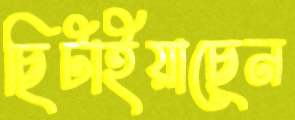
ছিটাইয়াছেন